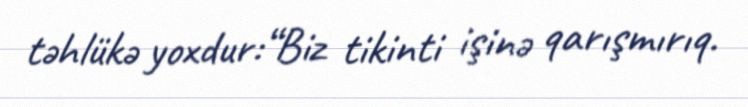
təhlükə yoxdur:“Biz tikinti işinə qarışmırıq.